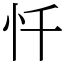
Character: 忏